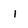
Character: I